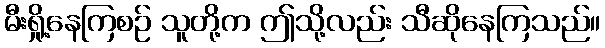
မီးရှို့နေကြစဉ် သူတို့က ဤသို့လည်း သီဆိုနေကြသည်။